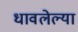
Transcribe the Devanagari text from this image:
धावलेल्या